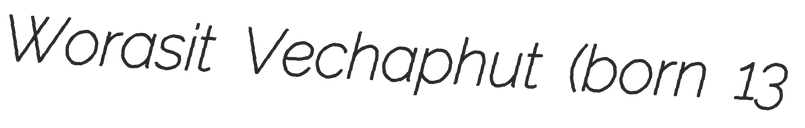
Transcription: Worasit Vechaphut (born 13